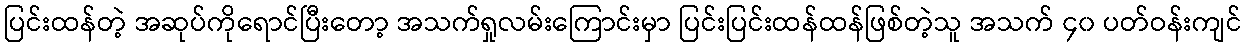
ပြင်းထန်တဲ့ အဆုပ်ကိုရောင်ပြီးတော့ အသက်ရှုလမ်းကြောင်းမှာ ပြင်းပြင်းထန်ထန်ဖြစ်တဲ့သူ အသက် ၄၀ ပတ်ဝန်းကျင်